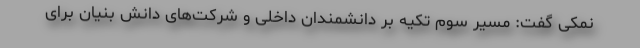
نمکی گفت: مسیر سوم تکیه بر دانشمندان داخلی و شرکت‌های دانش بنیان برای